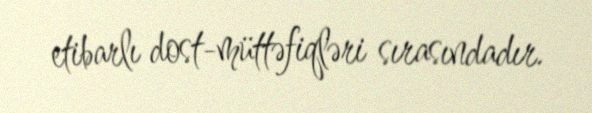
etibarlı dost-müttəfiqləri sırasındadır.